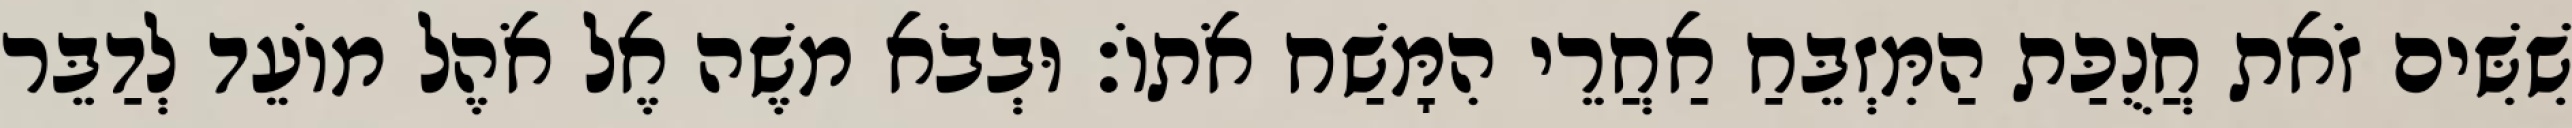
שִׁשִּׁים זֹאת חֲנֻכַּת הַמִּזְבֵּחַ אַחֲרֵי הִמָּשַׁח אֹתוֹ׃ וּבְבֹא משֶׁה אֶל אֹהֶל מוֹעֵד לְדַבֵּר